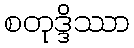
စတုဒ္ဒိဿာ